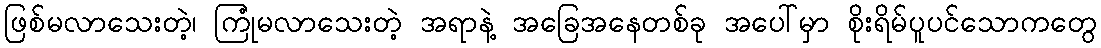
ဖြစ်မလာသေးတဲ့၊ ကြုံမလာသေးတဲ့ အရာနဲ့ အခြေအနေတစ်ခု အပေါ်မှာ စိုးရိမ်ပူပင်သောကတွေ